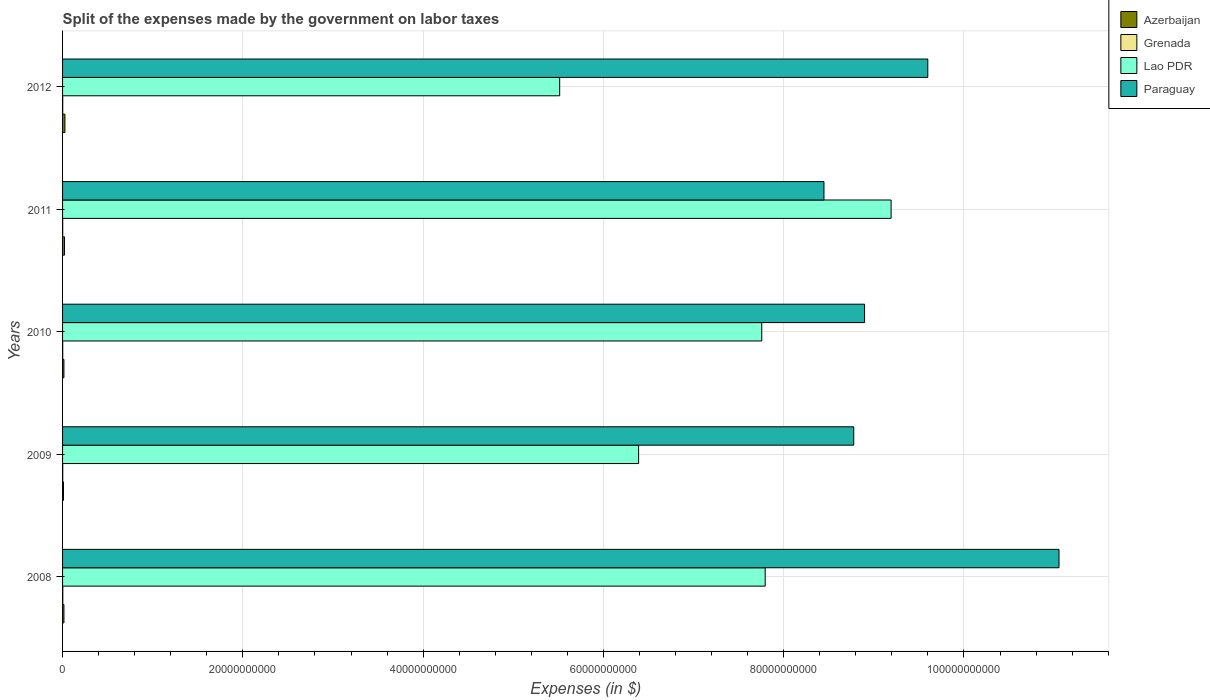
| Years | Azerbaijan | Grenada | Lao PDR | Paraguay |
 | --- | --- | --- | --- | --- |
 | 2008 | 1.52e+08 | 2.6e+07 | 7.8e+10 | 1.11e+11 |
 | 2009 | 1.02e+08 | 1.88e+07 | 6.39e+10 | 8.78e+10 |
 | 2010 | 1.51e+08 | 1.74e+07 | 7.76e+10 | 8.9e+10 |
 | 2011 | 2.11e+08 | 1.49e+07 | 9.19e+10 | 8.45e+10 |
 | 2012 | 2.61e+08 | 1.64e+07 | 5.52e+10 | 9.6e+10 |